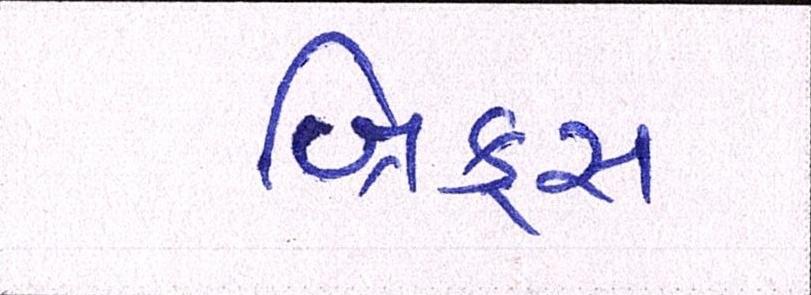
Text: બ્રિક્સ